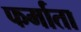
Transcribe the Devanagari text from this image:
फर्माता